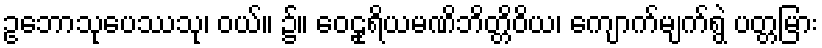
ဥဘောသုပေဿသု၊ ဝယ်။ ၌။ ဝေဠုရိယမဏိဘိတ္တိဝိယ၊ ကျောက်မျက်ရွဲ ပတ္တမြား